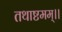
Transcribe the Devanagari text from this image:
तथाष्टमम्।।